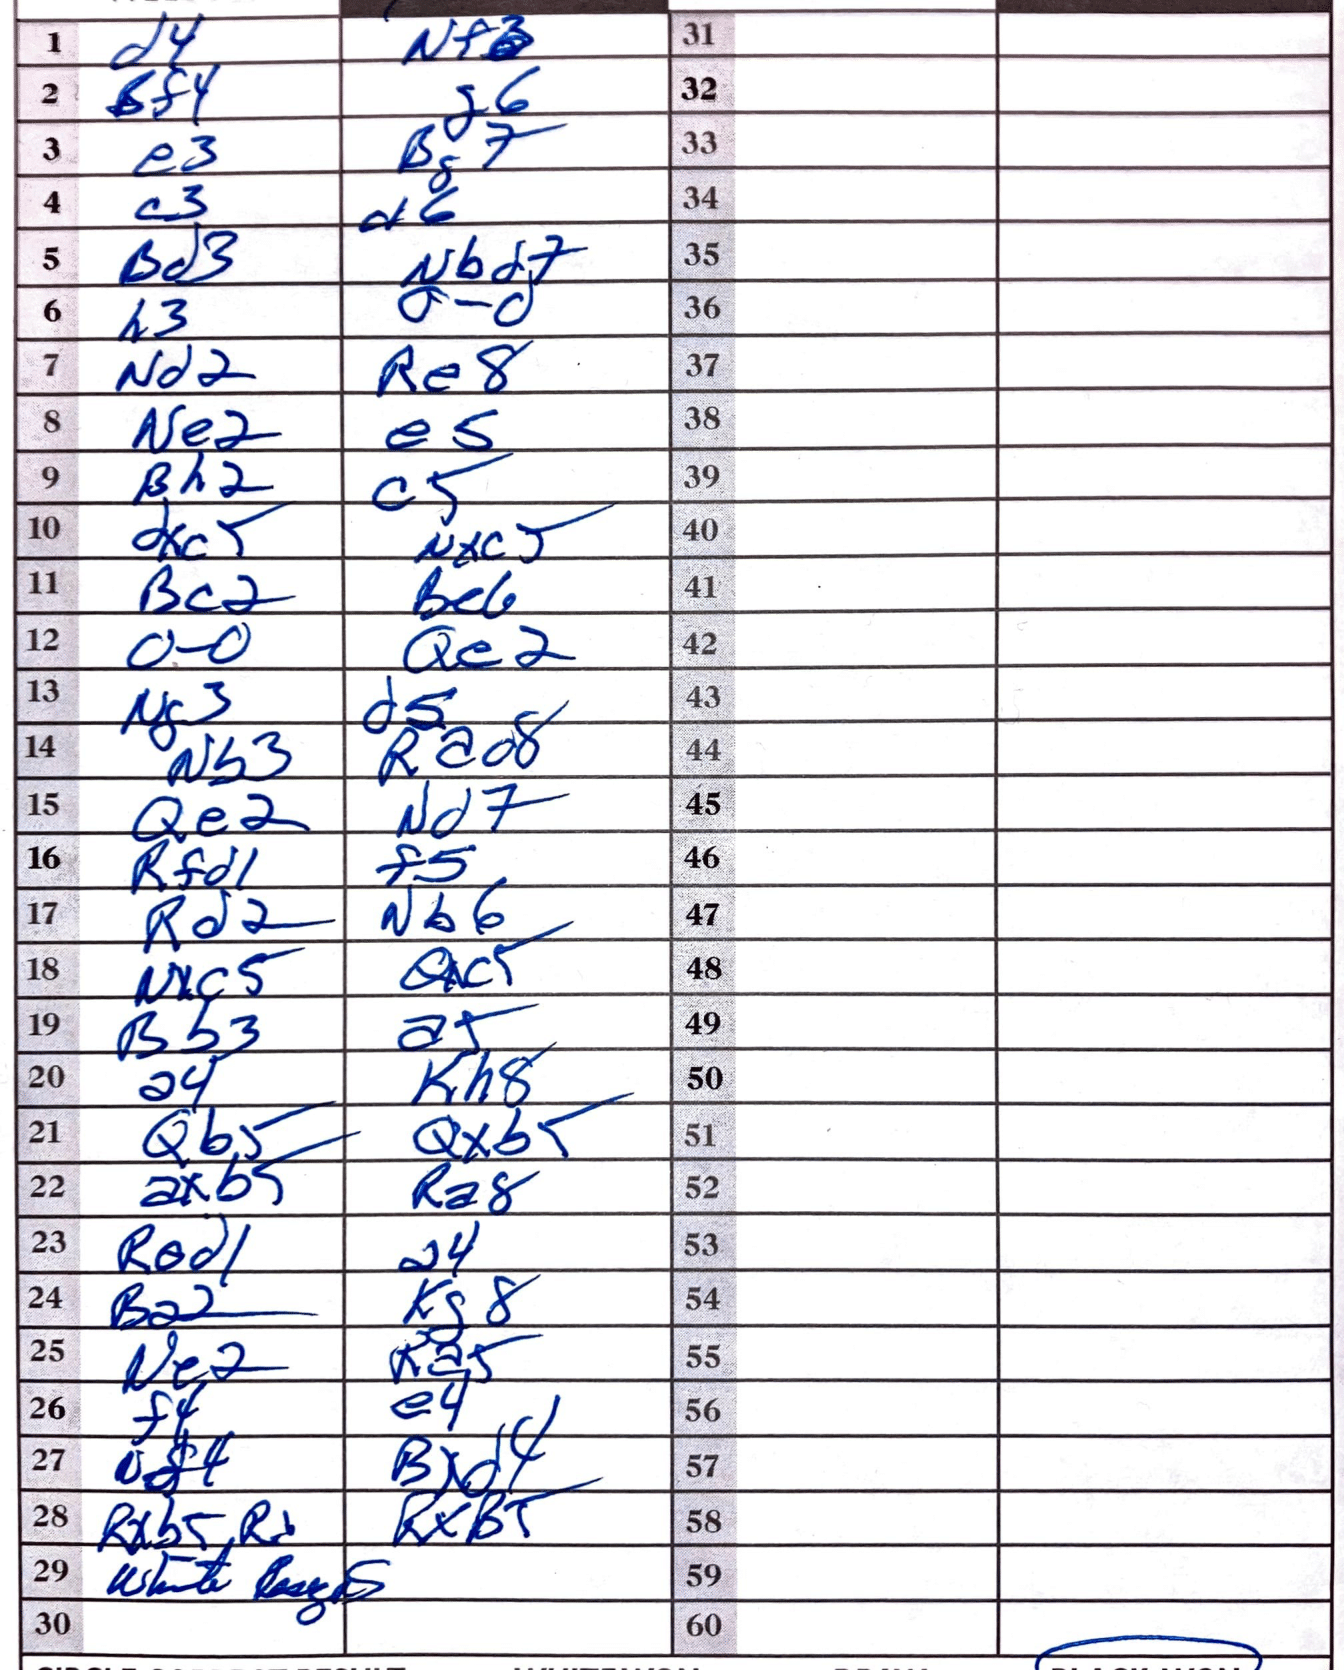
Moves: d4 Nf3 Bf4 g6 e3 Bg7 c3 d6 Bd3 Nbd7 h3 O-O Nd2 Re8 Ne2 e5 Bh2 c5 dxc5 Nxc5 Bc2 Be6 O-O Qe2 Ng3 d5 Nb3 Rad8 Qe2 Nd7 Rfd1 f5 Rd2 Nb6 Nxc5 Qxc5 Bb3 a5 a4 Kh8 Qb5 Qxb5 axb5 Ra8 Rad1 a4 Ba2 Kg8 Ne2 Ka5 f4 e4 Bxd4 Rxb5 Rxb5